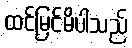
ထင်မြင်မိပါသည်